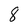
Character: 8